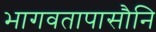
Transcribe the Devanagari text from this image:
भागवतापासौनि